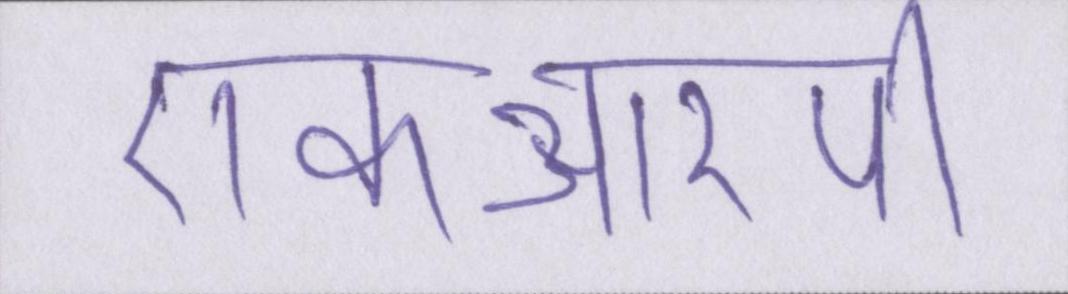
एफआरपी